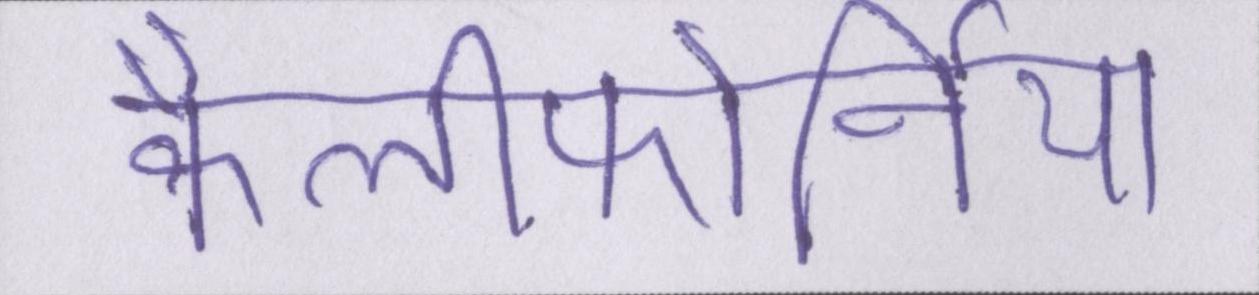
कैलीफोर्निया